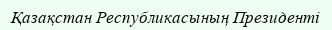
Қазақстан Республикасының Президенті